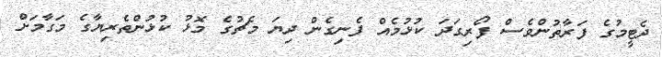
ދެޓީމުގެ ފަރާތުންވެސް ފޯރިގަދަ ކުޅުމެއް ފެނިގެން ދިޔަ މެޗުގެ މޮޅު ކުޅުންތެރިޔާގެ މަގާމަށް